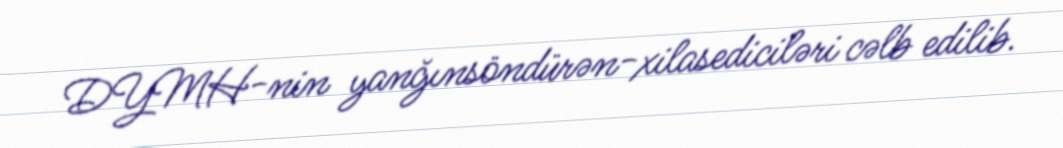
DYMH-nin yanğınsöndürən-xilasediciləri cəlb edilib.